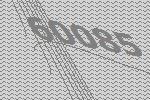
60085